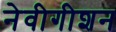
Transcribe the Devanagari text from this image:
नेवीगीशन